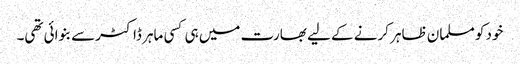
خود کو مسلمان ظاہر کرنے کے لیے بھارت میں ہی کسی ماہر ڈاکٹرسے بنوائی تھی۔